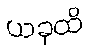
ယခုထိ